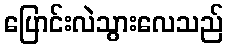
ပြောင်းလဲသွားလေသည်